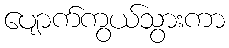
ပျောက်ကွယ်သွားကာ